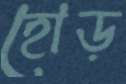
হোড়